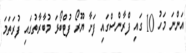
އަންނަ މަހު 10 ގައި ފްރާންސްގައި ފަށާ ޔޫރޯ ފުޓްބޯޅަ މުބާރާތުގައި ފުރަތަމަ